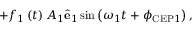
+ f _ { 1 } \left( t \right) A _ { 1 } \hat { \mathbf { e } } _ { 1 } \sin \left( \omega _ { 1 } t + \phi _ { \mathrm { C E P } 1 } \right) ,